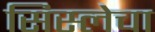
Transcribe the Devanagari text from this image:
सिस्लेचा